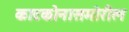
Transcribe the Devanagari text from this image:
काटकोनासमोरील